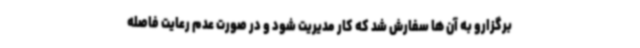
برگزارو به آن ها سفارش شد که کار مدیریت شود و در صورت عدم رعایت فاصله